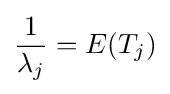
{\frac {1}{\lambda _{j}}}=E(T_{j})